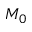
M _ { 0 }